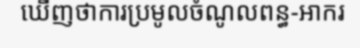
ឃើញថាការប្រមូលចំណូលពន្ធ-អាករ